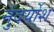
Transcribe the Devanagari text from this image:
नुंदर्योश